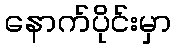
နောက်ပိုင်းမှာ